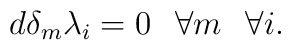
d\delta_m\lambda_i=0\hskip .3truecm \forall m\hskip .3truecm \forall i.